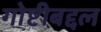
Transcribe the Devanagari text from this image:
गोष्टीबद्दल